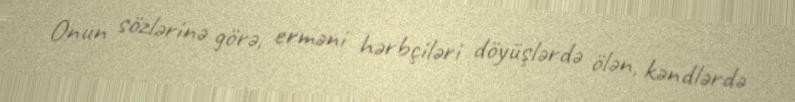
Onun sözlərinə görə, erməni hərbçiləri döyüşlərdə ölən, kəndlərdə